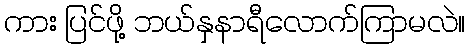
ကား ပြင်ဖို့ ဘယ်နှနာရီလောက်ကြာမလဲ။